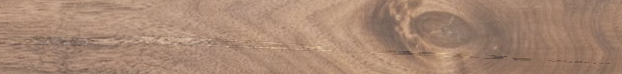
تطوير مواقع الانترنت وتصم